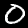
Label: 0